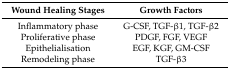
<table><thead><tr><td><b>Wound Healing Stages</b></td><td><b>Growth Factors</b></td></tr></thead><tbody><tr><td>Inflammatory phase</td><td>G-CSF, TGF-β1, TGF-β2</td></tr><tr><td>Proliferative phase</td><td>PDGF, FGF, VEGF</td></tr><tr><td>Epithelialisation</td><td>EGF, KGF, GM-CSF</td></tr><tr><td>Remodeling phase</td><td>TGF-β3</td></tr></tbody></table>